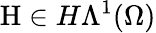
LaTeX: \mathrm{H}\in H\Lambda^{1}(\Omega)